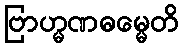
ဗြာဟ္မဏဓမ္မေတိ